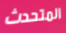
المتحدث